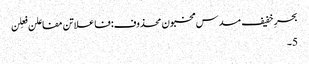
بحرِ خفیف مسدس مخبون محذوف:فاعلاتن مفاعلن فعِلن
5۔